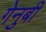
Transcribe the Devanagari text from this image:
गेनुबी